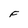
Character: F